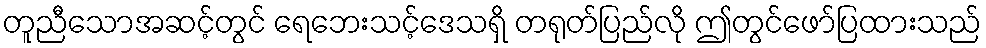
တူညီသောအဆင့်တွင် ရေဘေးသင့်ဒေသရှိ တရုတ်ပြည်လို ဤတွင်ဖော်ပြထားသည်